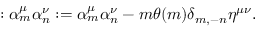
: \alpha _ { m } ^ { \mu } \alpha _ { n } ^ { \nu } : = \alpha _ { m } ^ { \mu } \alpha _ { n } ^ { \nu } - m \theta ( m ) \delta _ { m , - n } \eta ^ { \mu \nu } { . }